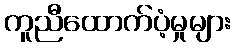
ကူညီထောက်ပံ့မှုများ